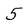
Character: 5